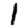
Digit: 1